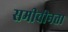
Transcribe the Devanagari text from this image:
समीचीनता